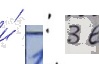
и́ 1: 3 в